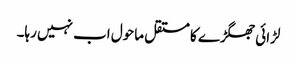
لڑائی جھگڑے کا مستقل ماحول اب نہیں رہا۔